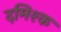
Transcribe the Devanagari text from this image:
दमिश्‍क